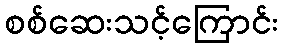
စစ်ဆေးသင့်ကြောင်း